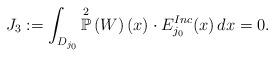
LaTeX: \begin{align*}J_{3} := \int_{D_{j_{0}}} \overset{2}{\mathbb{P}}\left(W \right)(x) \cdot E^{Inc}_{j_{0}}(x) \, dx = 0.\end{align*}